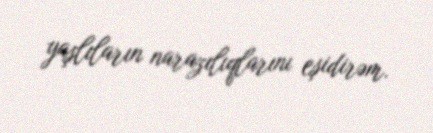
yaşlıların narazılıqlarını eşidirəm.